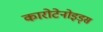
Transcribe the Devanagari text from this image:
कारोटेनोइड्स